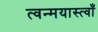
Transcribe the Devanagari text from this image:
त्वन्मयास्त्वाँ